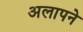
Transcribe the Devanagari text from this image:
अलापने